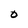
Character: 0